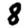
Digit: 8